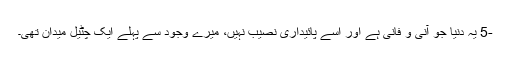
-5 یہ دنیا جو آنی و فانی ہے اور اسے پائیداری نصیب نہیں، میرے وجود سے پہلے ایک چٹیل میدان تھی۔